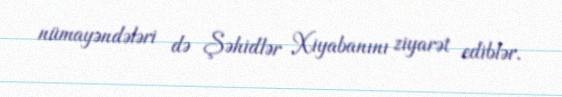
nümayəndələri də Şəhidlər Xiyabanını ziyarət ediblər.